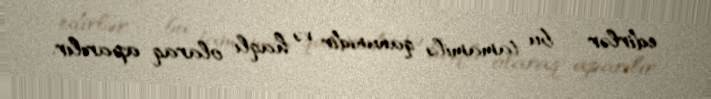
edirlər - bu tamamilə qanunidir və haqlı olaraq aparılır.